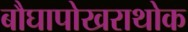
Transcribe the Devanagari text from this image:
बौघापोखराथोक